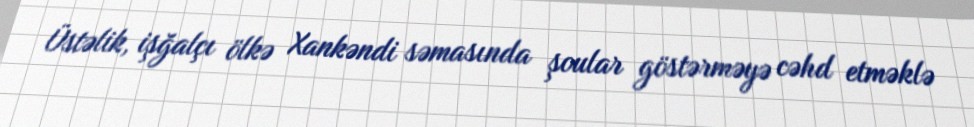
Üstəlik, işğalçı ölkə Xankəndi səmasında şoular göstərməyə cəhd etməklə